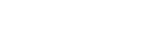
ကံမကောင်းစွာပဲ၊